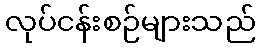
လုပ်ငန်းစဉ်များသည်